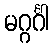
မဂ္ဂင်္ဂါ